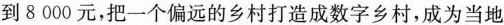
到8000元，把一个偏远的乡村打造成数字乡村，成为当地